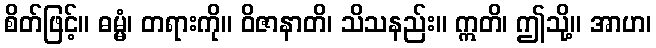
စိတ်ဖြင့်။ ဓမ္မံ၊ တရားကို။ ဝိဇာနာတိ၊ သိသနည်း။ ဣတိ၊ ဤသို့။ အာဟ၊